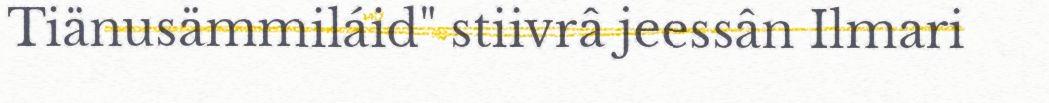
Tiänusämmiláid" stiivrâ jeessân Ilmari